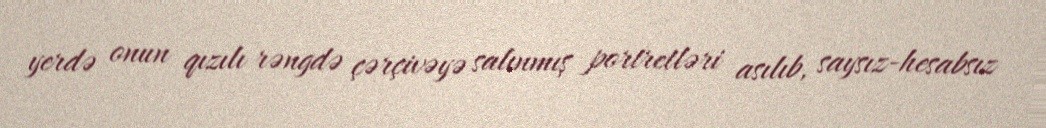
yerdə onun qızılı rəngdə çərçivəyə salınmış portretləri asılıb, saysız-hesabsız